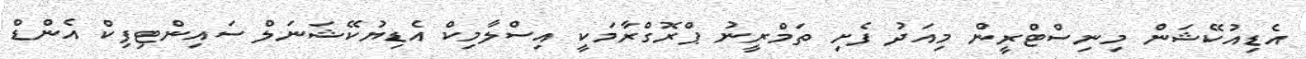
އެޑިއުކޭޝަން މިނިސްޓްރީން މިއަދު ފެށި ތަމްރީނު ޕްރޮގްރާމަކީ އިސްލާމިކް އެޑިޔުކޭޝަނަލް ސައިންޓިފިކް އެންޑް